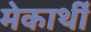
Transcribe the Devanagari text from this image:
मेकार्थी